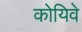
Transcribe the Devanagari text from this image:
कोयिवे